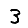
Digit: 3